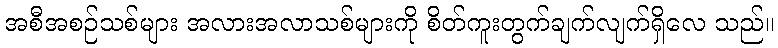
အစီအစဉ်သစ်များ အလားအလာသစ်များကို စိတ်ကူးတွက်ချက်လျက်ရှိလေ သည်။